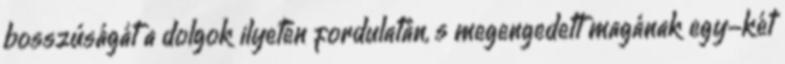
bosszúságát a dolgok ilyetén fordulatán, s megengedett magának egy-két